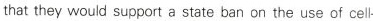
that they would support a state bar on the use of cell-